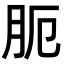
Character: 𦙜